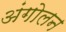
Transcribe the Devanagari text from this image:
अंगोलन